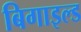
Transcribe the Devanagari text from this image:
बिगाइल्ड